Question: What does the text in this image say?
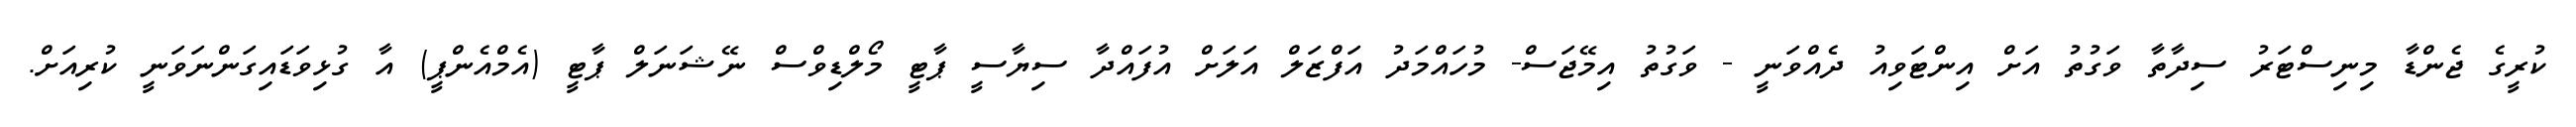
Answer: ކުރީގެ ޖެންޑާ މިނިސްޓަރު ސިދާތާ ވަގުތު އަށް އިންޓަވިއު ދެއްވަނީ - ވަގުތު އިމޭޖަސް- މުހައްމަދު އަފްޒަލް އަލަށް އުފައްދާ ސިޔާސީ ޕާޓީ މޯލްޑިވްސް ނޭޝަނަލް ޕާޓީ (އެމްއެންޕީ) އާ ގުޅިވަޑައިގަންނަވަނީ ކުރިއަށް.